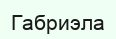
Габриэла